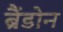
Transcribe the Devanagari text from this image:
ब्रैंडोन